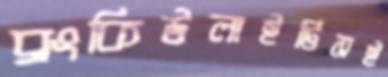
ব্রংকিউলাইটিসই